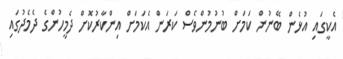
އެކީގައި އުޅެން ބޭނުން ކަމަށް ބުނުމުންވެސް ކަރަން އެކަމަށް އިންކާރުކޮށް ދެމީހުންގެ ދެމެދުގައި